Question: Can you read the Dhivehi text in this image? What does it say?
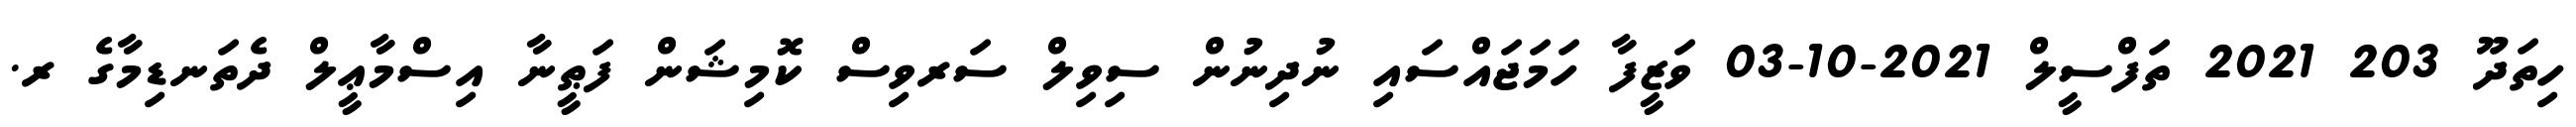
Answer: ހިތަދޫ 203 2021 ތަފްސީލް 2021-10-03 ވަޒީފާ ހަމަޖައްސައި ނުދިނުން ސިވިލް ސަރވިސް ކޮމިޝަން ފަޠީނާ އިސްމާޢީލް ދެތަނޑިމާގެ ރ.